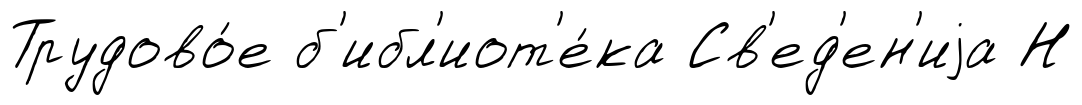
Трудово́е б'ибл'иот'е́ка Св'ед'ен'иjа Н